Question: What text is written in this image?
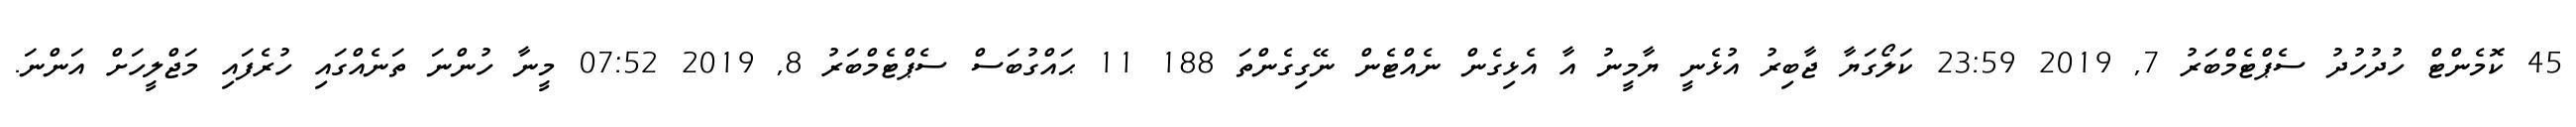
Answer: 45 ކޮމެންޓް ހުދުހުދު ސެޕްޓެމްބަރު 7, 2019 23:59 ކަލޯގަޔާ ޖާބިރު އުޅެނީ ޔާމީނު އާ އެޅިގެން ނެއްޓެން ނޭގިގެންތަ 188 11 ޙައްގުބަސް ސެޕްޓެމްބަރު 8, 2019 07:52 މީނާ ހުންނަ ތަނެއްގައި ހުރެފައި މަޖްލީހަށް އަންނަ.